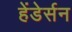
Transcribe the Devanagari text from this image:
हेंडेर्सन